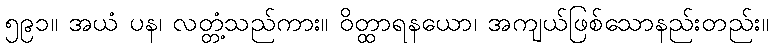
၅၉၁။ အယံ ပန၊ လတ္တံ့သည်ကား။ ဝိတ္ထာရနယော၊ အကျယ်ဖြစ်သောနည်းတည်း။